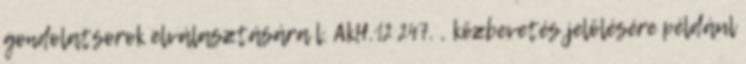
gondolatsorok elválasztására l. AkH.12 247. , közbevetés jelölésére például